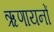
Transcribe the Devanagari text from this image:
ऋणायनों